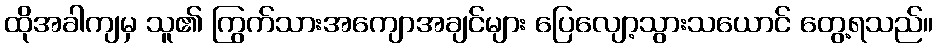
ထိုအခါကျမှ သူ၏ ကြွက်သားအကျောအချင်များ ပြေလျော့သွားသယောင် တွေ့ရသည်။